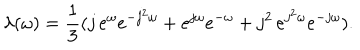
\lambda ( \omega ) = { \frac 1 3 } ( j \, e ^ { \omega } e ^ { - j ^ { 2 } \omega } + e ^ { j \omega } e ^ { - \omega } + j ^ { 2 } \, e ^ { j ^ { 2 } \omega } e ^ { - j \omega } ) .